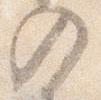
入